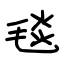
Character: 毯